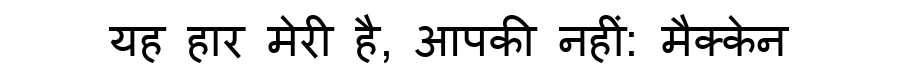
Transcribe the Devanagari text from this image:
यह हार मेरी है, आपकी नहीं: मैक्केन